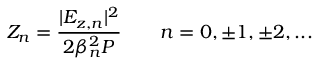
Z _ { n } = \frac { | E _ { z , n } | ^ { 2 } } { 2 \beta _ { n } ^ { 2 } P } \qquad n = 0 , \pm 1 , \pm 2 , . . .